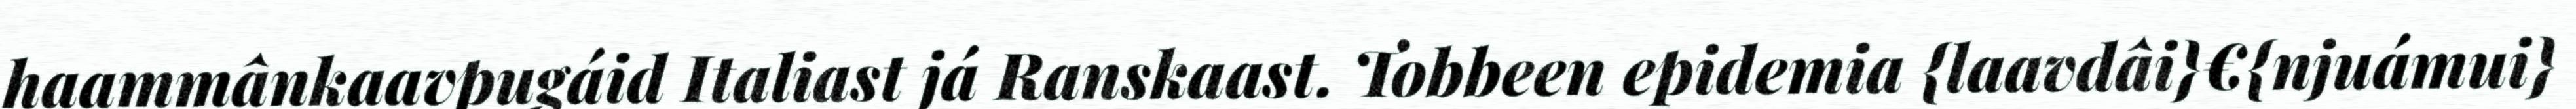
haammânkaavpugáid Italiast já Ranskaast. Tobbeen epidemia {laavdâi}€{njuámui}